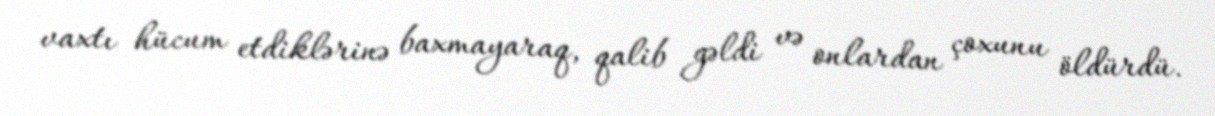
vaxtı hücum etdiklərinə baxmayaraq, qalib gəldi və onlardan çoxunu öldürdü.